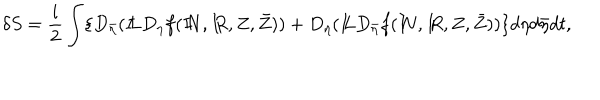
\delta S = \frac { i } { 2 } \int \{ D _ { \bar { \eta } } ( { I \! \! L } D _ { \eta } f ( { I \! \! N } , { I \! \! R } , Z , \bar { Z } ) ) + D _ { \eta } ( { I \! \! L } D _ { \bar { \eta } } f ( { I \! \! N } , { I \! \! R } , Z , \bar { Z } ) ) \} d \eta d \bar { \eta } d t ,